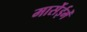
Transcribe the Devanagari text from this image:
मार्सेईमेँ